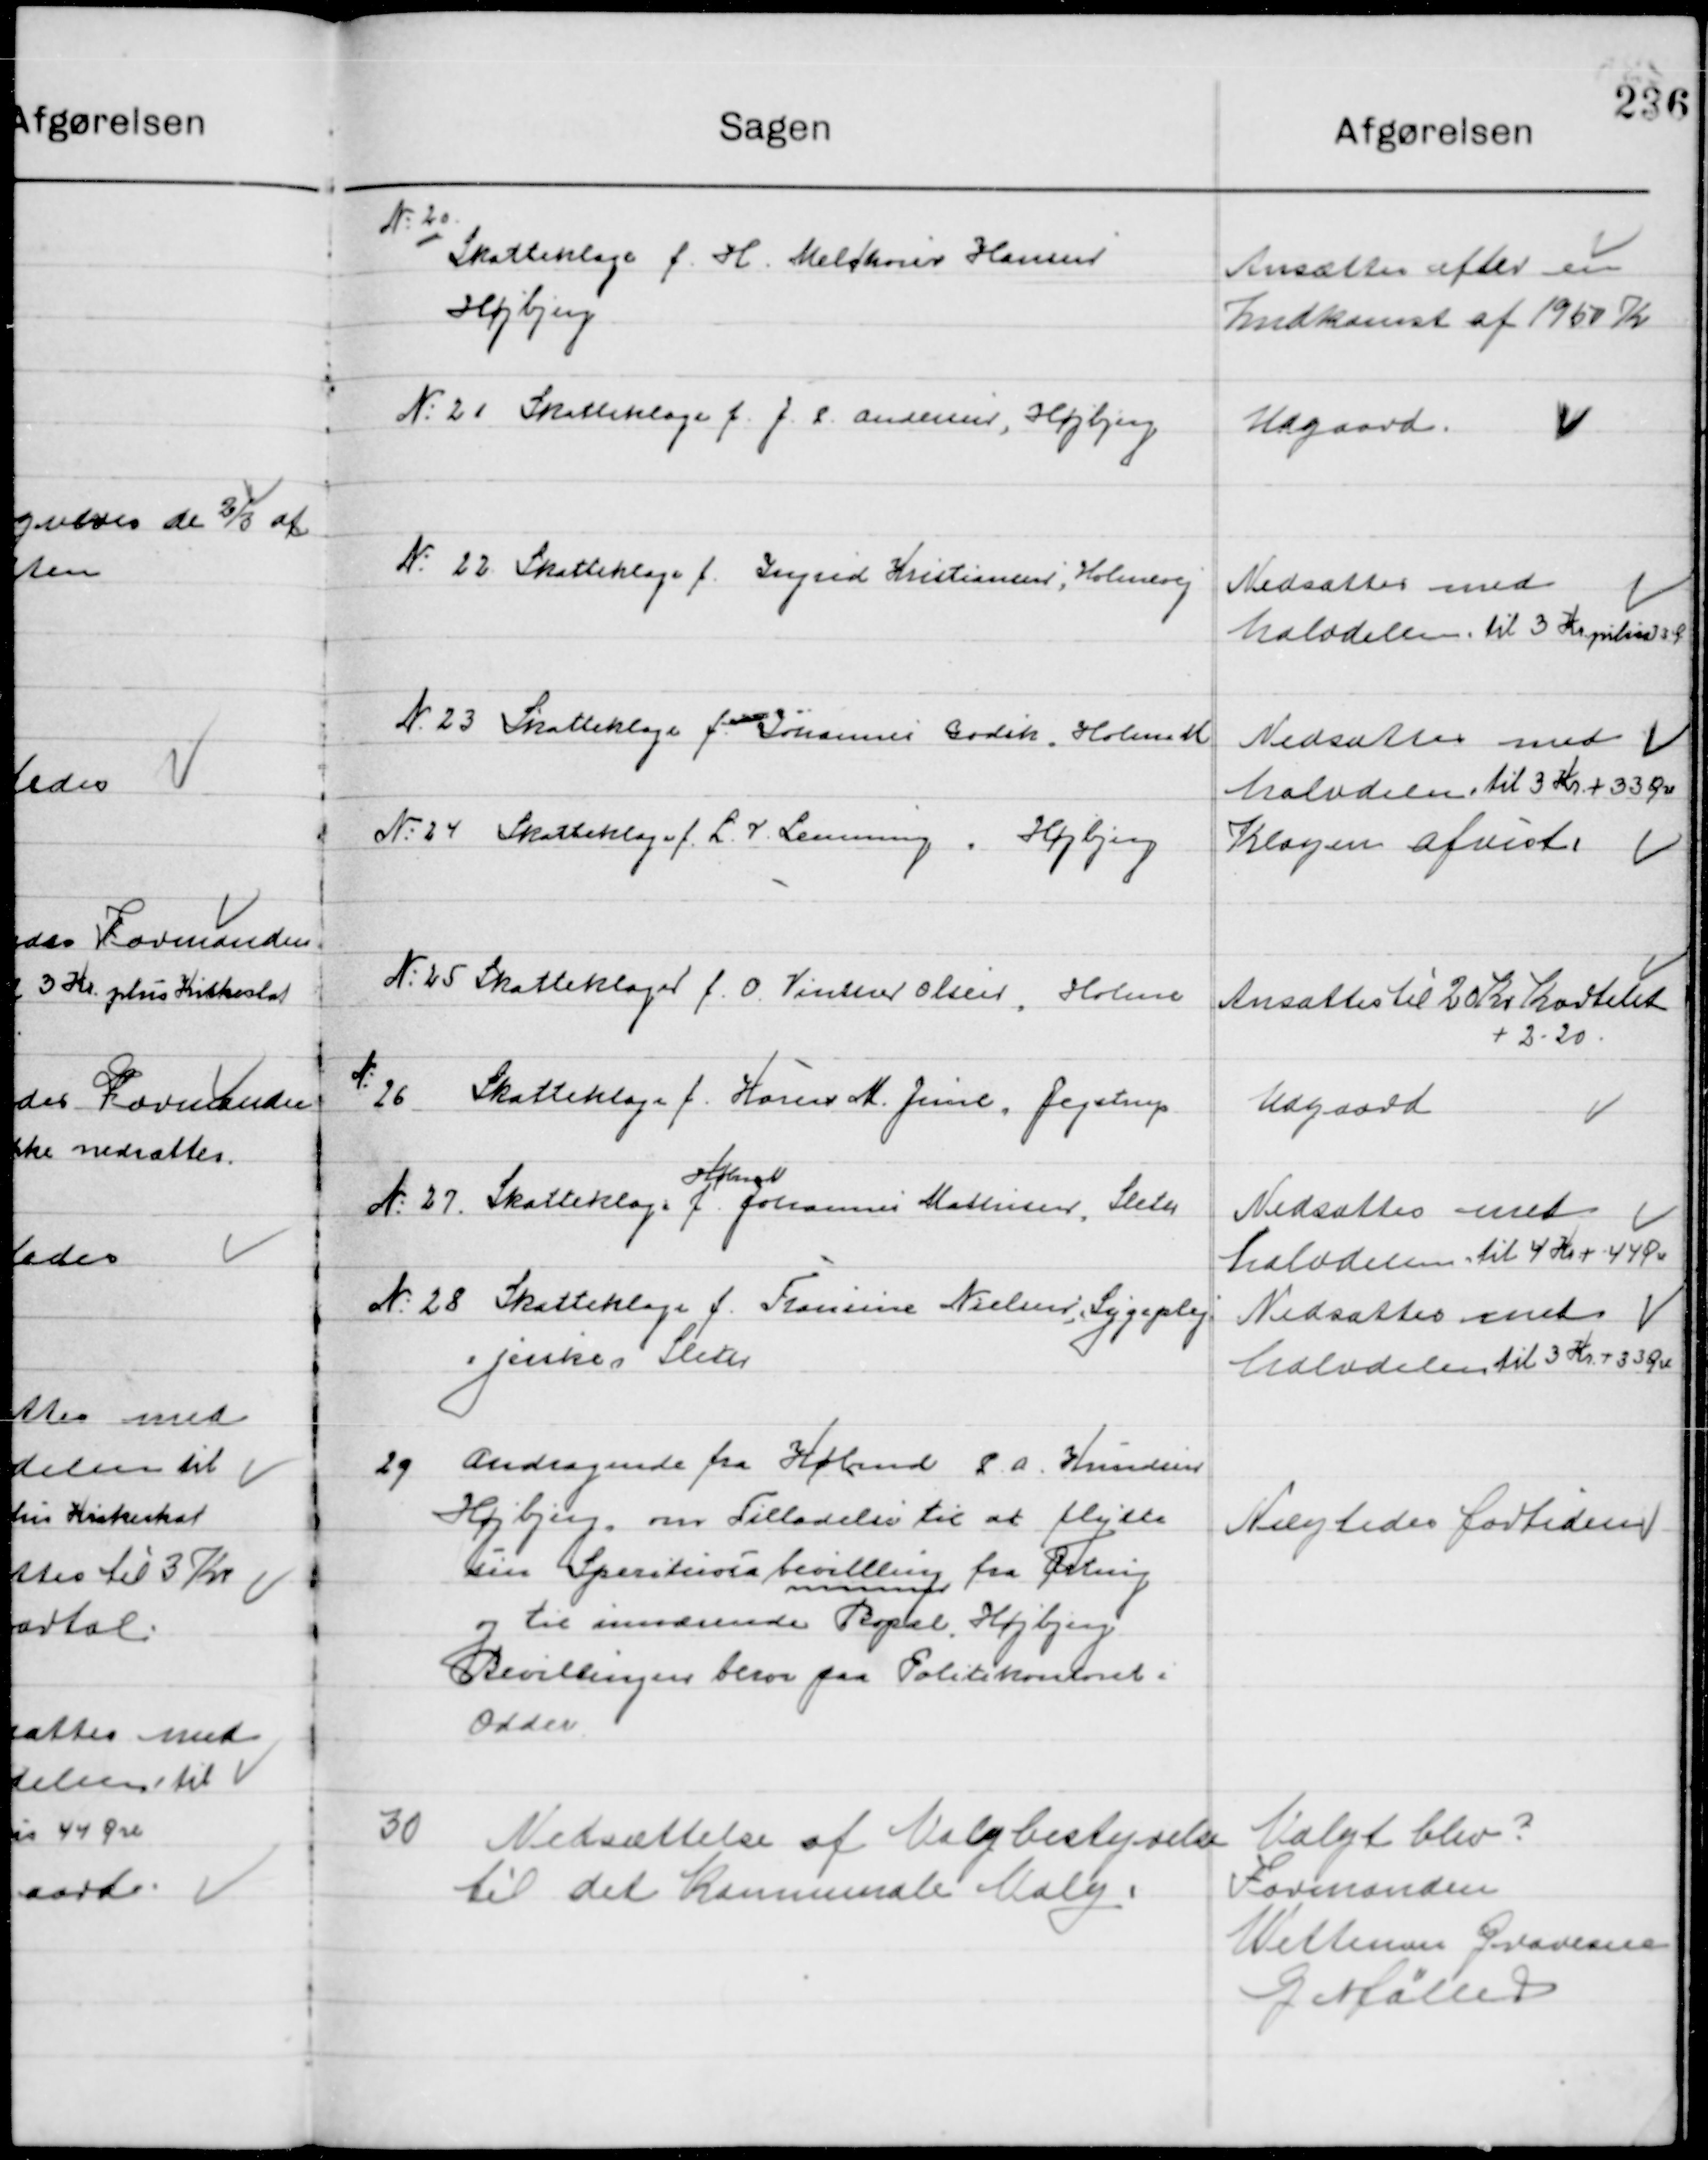
Transskription:
20

Skatteklage f. H. Meldhorn Hansen 
Højbjerg

Ansættes efter en
Indkomst af 1950 Kr.

21

Skatteklage f. J. S. Andersen Højbjerg

Udgaard

22

Skatteklage f. Ingrid Kristiansen Holmevej

Nedsættes med 
halvdelen til 3 Kr. plus 33 Øre

23

Skatteklage f. Johannes Godsk Holme M.

Nedsættes med 
halvdelen til 3 Kr. + 33 Øre

24

Skatteklage f. L. V. Lemming, Højbjerg

Klagen afvist

25

Skatteklage f. O. Vinther Olesen, Holme

Nedsættes til 20 Kr. Kvartalet
+ 2.20

26

Skatteklage f. Hans M. Jensen, Jegstrup

Udgaard

27

Skatteklage f. 	
Købm.
Johannes Matthisen, Sleth

Nedsættes med 
halvdelen til 4 Kr. + 44 Øre

28

Skatteklage f. Fransine Nielsen, Sygepleje
i Jensen, Sleth

Nedsættes med 
halvdelen til 3 Kr. +33 Øre

29

Andragende fra Købmand S. A. Hansen
Højbjerg, om Tilladelse til at flytte
sin Spare kasse bevilling fra Ørting
og til indeværende bopæl Højbjerg
Bevillingen beror paa Politikontoret i
Odder

Nægtes fortiden

30

Nedsættelse af Valgbestyrelse
til det Kommunale Valg

Valgt blev ?
Formanden
Wetterman Gravesen
G Møller